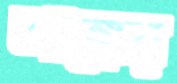
আঙ্কের